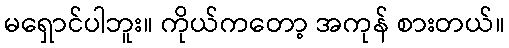
မရှောင်ပါဘူး။ ကိုယ်ကတော့ အကုန် စားတယ်။